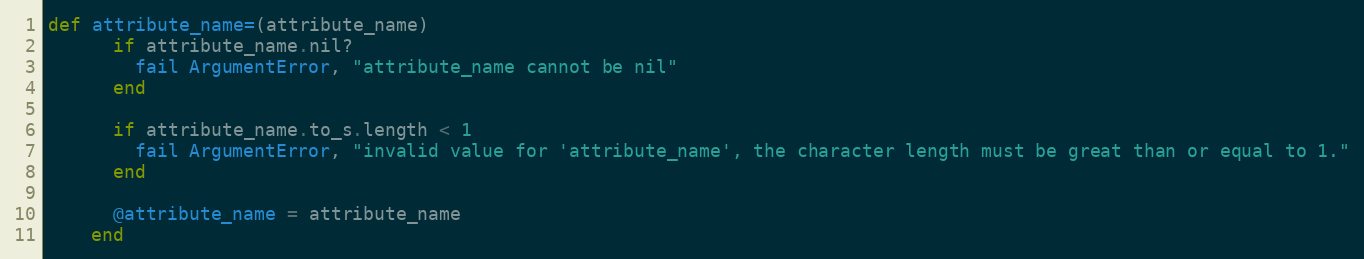
Language: Ruby
def attribute_name=(attribute_name)
      if attribute_name.nil?
        fail ArgumentError, "attribute_name cannot be nil"
      end

      if attribute_name.to_s.length < 1
        fail ArgumentError, "invalid value for 'attribute_name', the character length must be great than or equal to 1."
      end

      @attribute_name = attribute_name
    end